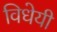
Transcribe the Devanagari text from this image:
विधेयी